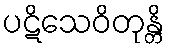
ပဋိသေဝိတုန္တိ